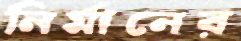
নির্মানের